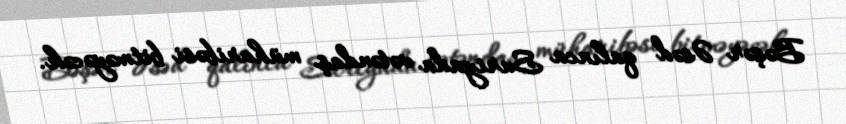
Bəşər Əsəd qalınca Suriyada vətəndaş müharibəsi bitməyəcək.